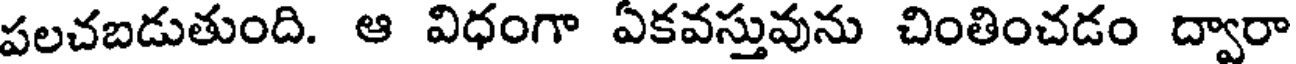
పలచబడుతుంది. ఆ విధంగా ఏకవస్తువును చింతించడం ద్వారా